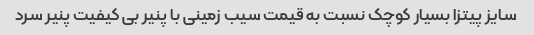
سایز پیتزا بسیار کوچک نسبت به قیمت سیب زمینی با پنیر بی کیفیت پنیر سرد